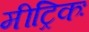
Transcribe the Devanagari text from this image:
मीट्रिकः